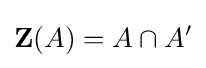
\mathbf {Z} (A)=A\cap A'